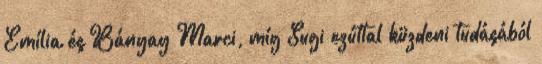
Emília és Bányay Marci, míg Sugi ezúttal küzdeni tudásából